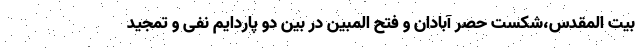
بیت المقدس،شکست حصر آبادان و فتح المبین در بین دو پاردایم نفی و تمجید